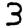
Digit: 3